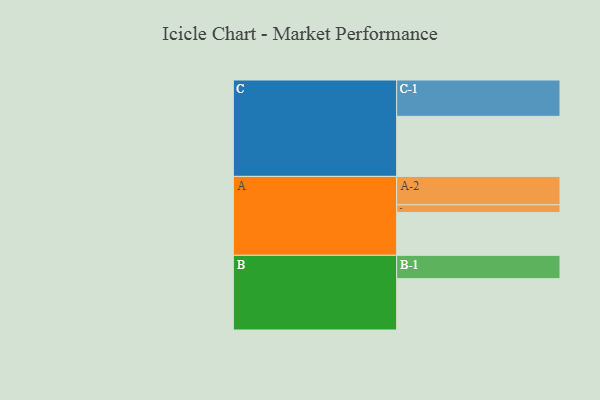
{"axis": {"x": "Segment", "y": "Value"}, "legend": ["", "A", "B", "C"], "data": [{"x": "A", "y": 314, "type": ""}, {"x": "B", "y": 376, "type": ""}, {"x": "C", "y": 440, "type": ""}, {"x": "A-1", "y": 56, "type": "A"}, {"x": "A-2", "y": 208, "type": "A"}, {"x": "B-1", "y": 171, "type": "B"}, {"x": "C-1", "y": 266, "type": "C"}]}